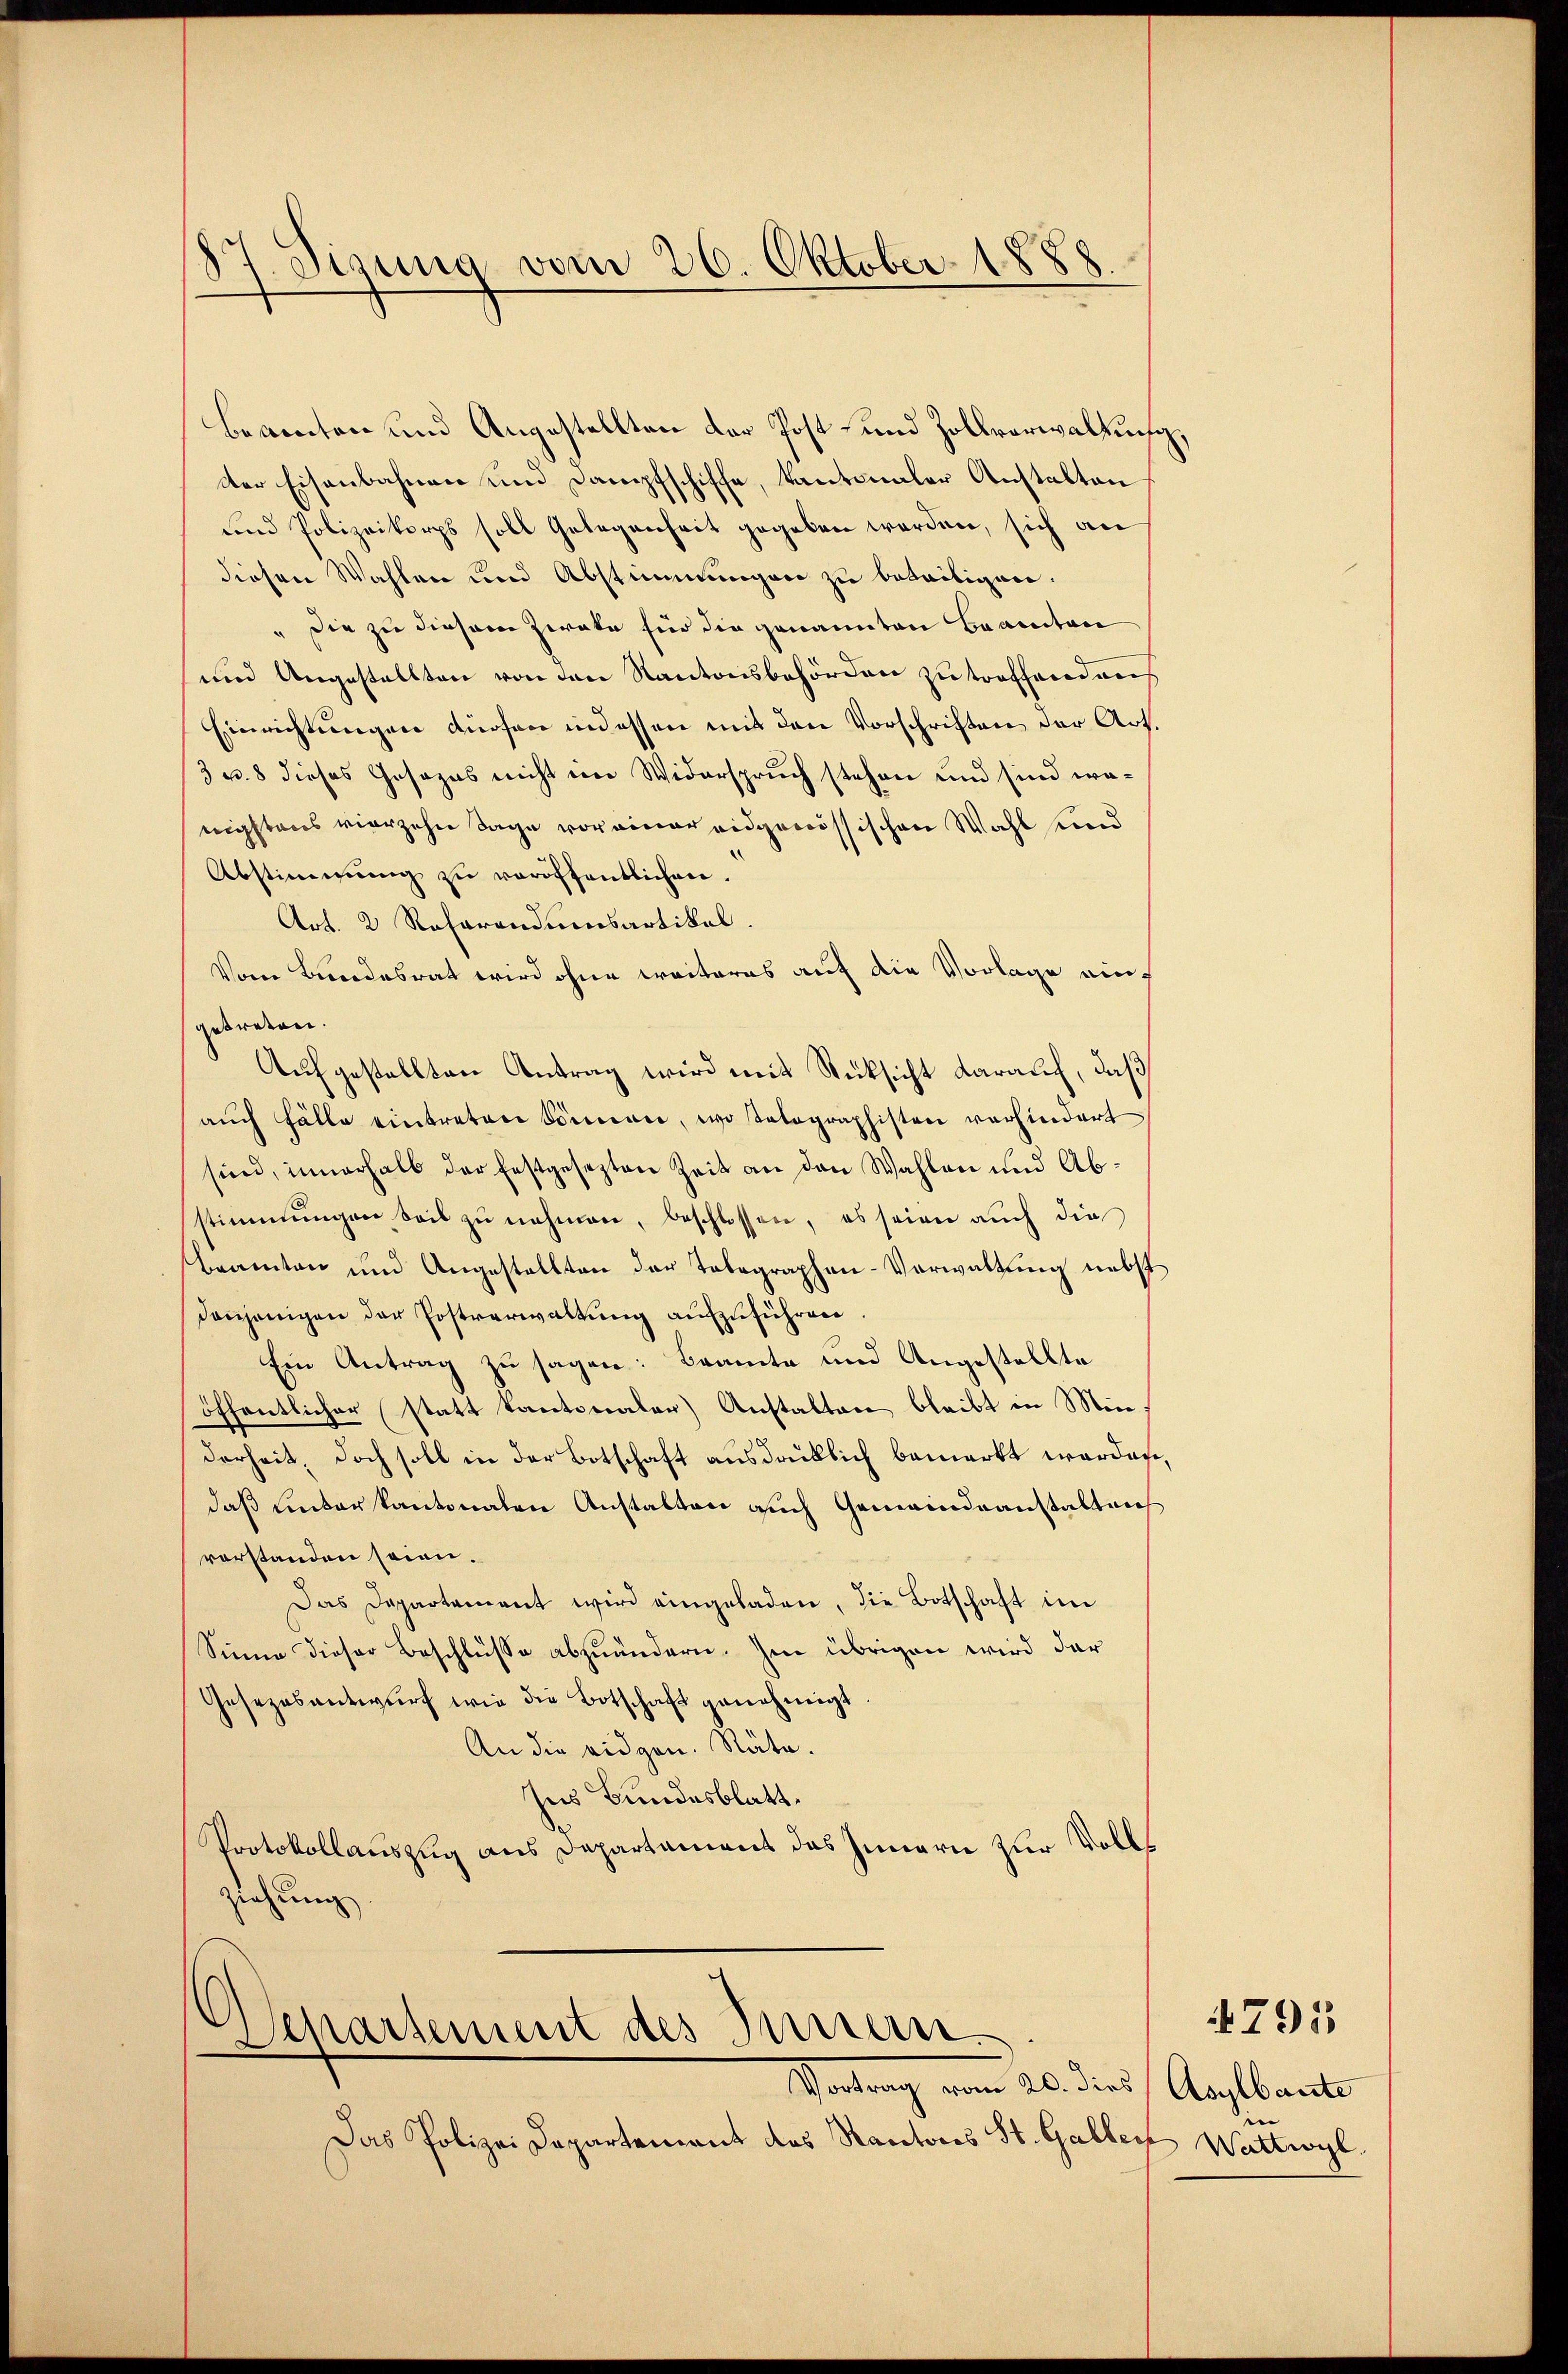
8t Sigung vom 26. Oktober 1888.

Beventen und Angestellten der Post- und Zollverwaltung,
dter Eisenbahnen und Dampfschiffe, kantonaler Anstalten
und Polizeikorps soll Gelegenheit gegeben werden, sich an
diesen Wahlen und Abstimmungen zu beseitigen.
" die zu diesem Zwate für die genannten Beamten
und Angestellten von den Kantonsbehörden zu treffend aus
Einrichtungen dürfen indessen mit den Vorschriften der Art.
3 u. 8 dieses Gesezes nicht wie Widerspruch stehen und sind wanigstens vierzehn Tage vor einer eidgenössischen Wahl und
Abstimmung zu veröffentlichen.
Art. 2 Referandumsartikel.
Vom Bundesrat wird ohne weiteres auf die Vorlage auf
getreten.
Aufgestellten Antrag wird mit Rücksicht darauf, daß
aŭch Fälle eintreten Sonnen, wo Tatographisten verhindert
sind, innerhalb der festgesezten Zeit an den Wahlen und Abstimmungen beil zŭ nehmen, beschlossen, es seien auch die
Beamten und Angestellten der Tabegraphen-Verwaltung nebst
denjenigen der Postverwaltŭng aufzuführen.
Ein Antrag zu sagen: Bramte und Angestellte
öffentlicher statt kantonaler) Anstalten bleibt in Minderheit, doch soll in der Botschaft ausdrüklich bemerkt werden,
daß unter kantonalen Anstalten auch Gemeindeanstalten
vorstanden seien.
Das Departement wird eingeladen, die Botschaft im
Sinne dieser Beschlusse abzuändern. Im übrigen wird der
Gesezesantwŭrf wie die Botschaft genehmigt.
An die eidgen. Räte.
Ins Bundesblatt.
Protokollauszug aus Departament das Innern zur Voll¬
Ziehung

Das Polizei Departement des Kantons St. Gallen Wattwyl,

Departement des Innern
Vortrag vom 20. dies Anglbaute

|

795